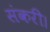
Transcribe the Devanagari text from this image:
संकरी।